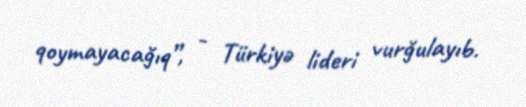
qoymayacağıq”, - Türkiyə lideri vurğulayıb.